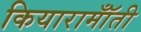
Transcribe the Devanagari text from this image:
कियारामॉँती